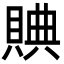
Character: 賟